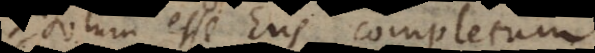
totum esse Ens completum.